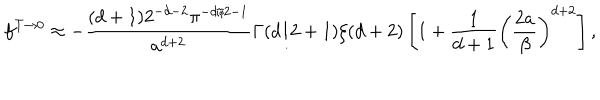
LaTeX: f ^ { T \to 0 } \approx - { \frac { ( d + 1 ) 2 ^ { - d - 2 } \pi ^ { - d / 2 - 1 } } { a ^ { d + 2 } } } \Gamma ( d / 2 + 1 ) \zeta ( d + 2 ) \left[ 1 + { \frac { 1 } { d + 1 } } \left( \frac { 2 a } { \beta } \right) ^ { d + 2 } \right] ,